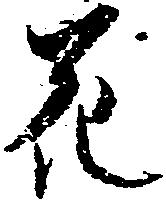
花